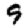
Digit: 9